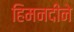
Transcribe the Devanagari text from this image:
हिमनदीने